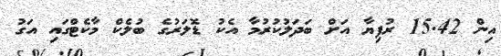
އިން 15.42 ރުފިޔާ އަށް ބަދަލުކުރުމާ އެކު ޑޮލަރުގެ ބުލެކް މާކެޓްގައި އަގު